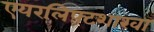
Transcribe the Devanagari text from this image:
एयरलिफ्टशाखा